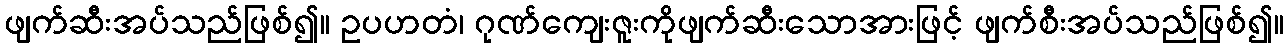
ဖျက်ဆီးအပ်သည်ဖြစ်၍။ ဥပဟတံ၊ ဂုဏ်ကျေးဇူးကိုဖျက်ဆီးသောအားဖြင့် ဖျက်စီးအပ်သည်ဖြစ်၍။